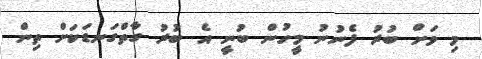
މި ވަށް ބުރު ފެނުނު މީހުން ބުނީ އެ ބުރު ގާތްގަނޑަކަށް ތިން